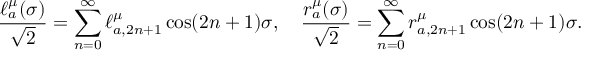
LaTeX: \frac { \ell _ { a } ^ { \mu } ( \sigma ) } { \sqrt { 2 } } = \sum _ { n = 0 } ^ { \infty } \ell _ { a , 2 n + 1 } ^ { \mu } \cos ( 2 n + 1 ) \sigma , \quad \frac { r _ { a } ^ { \mu } ( \sigma ) } { \sqrt { 2 } } = \sum _ { n = 0 } ^ { \infty } r _ { a , 2 n + 1 } ^ { \mu } \cos ( 2 n + 1 ) \sigma .